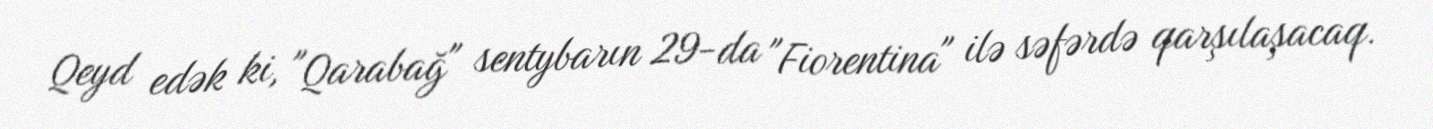
Qeyd edək ki, "Qarabağ" sentybarın 29-da "Fiorentina" ilə səfərdə qarşılaşacaq.